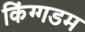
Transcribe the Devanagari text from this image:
किंग्गडम